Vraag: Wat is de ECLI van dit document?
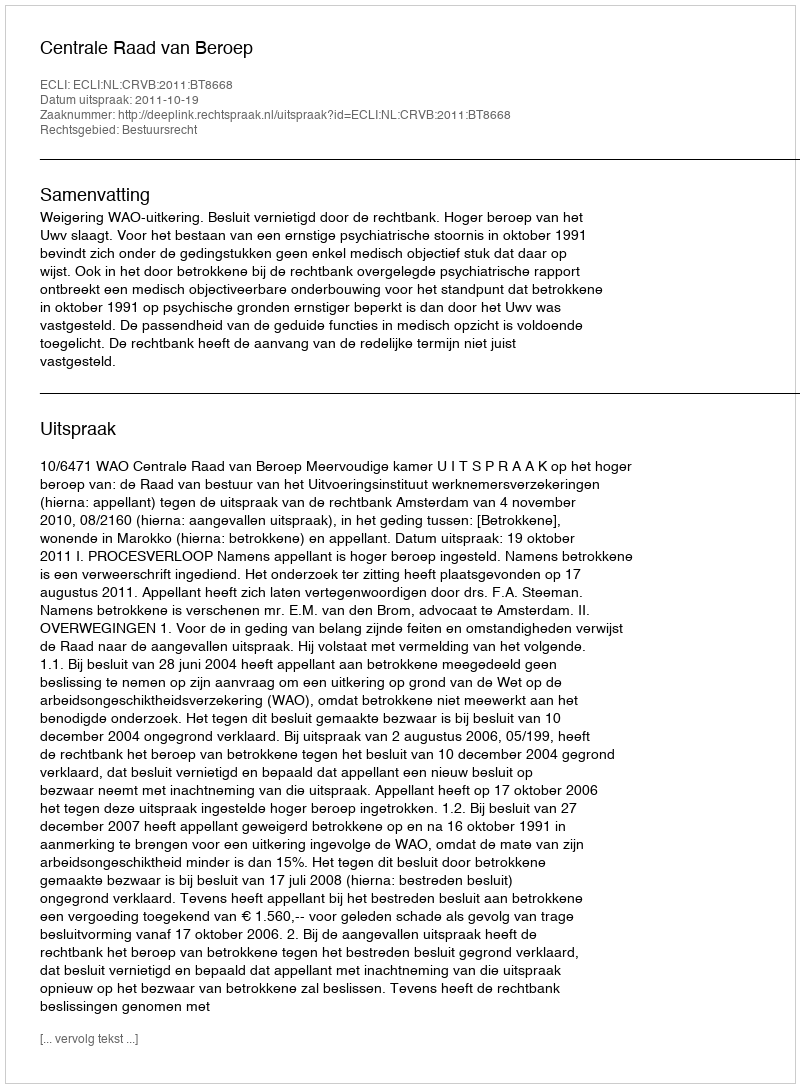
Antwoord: ECLI:NL:CRVB:2011:BT8668